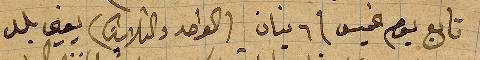
تابع يوم الخميس في ٦ نيسان (الواحد والثلاثين) يعني بلد